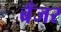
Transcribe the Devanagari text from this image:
बँजर